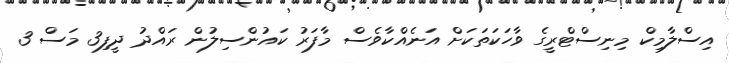
އިސްލާމިކް މިނިސްޓްރީގެ ވާހަކަތަކަށް އަނެއްކާވެސް މާފަރު ކައުންސިލުން ރައްދު ދީފި3 މަސް 3